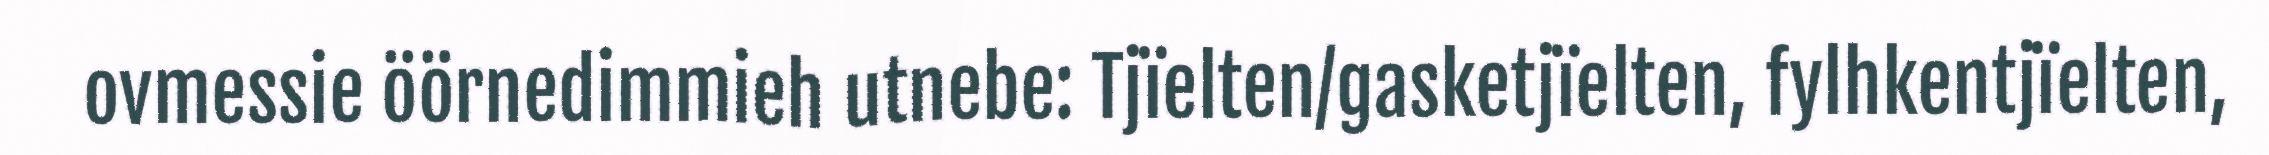
ovmessie öörnedimmieh utnebe: Tjïelten/gasketjïelten, fylhkentjïelten,